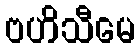
ဗဟိသီမေ